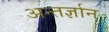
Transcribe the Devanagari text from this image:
अन्तर्ज्ञान